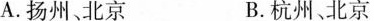
A. 扬州、北京 B. 杭州、北京